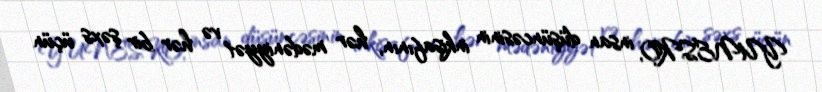
YUNESKO, insan düşüncəsinin inkişafının, hər mədəniyyət və hər bir şəxs üçün